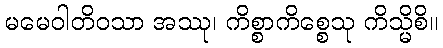
မမေဝါတိဝသာ အဿု၊ ကိစ္စာကိစ္စေသု ကိသ္မိစိ။